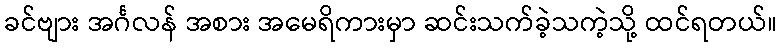
ခင်ဗျား အင်္ဂလန် အစား အမေရိကားမှာ ဆင်းသက်ခဲ့သကဲ့သို့ ထင်ရတယ်။